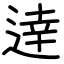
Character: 逹